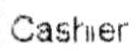
CASHIER